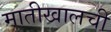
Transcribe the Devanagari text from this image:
मातीखालची